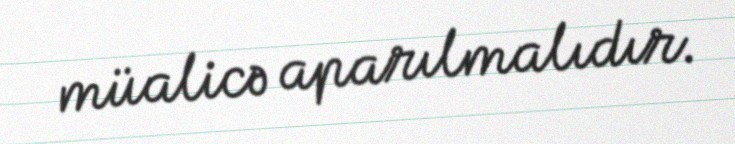
müalicə aparılmalıdır.